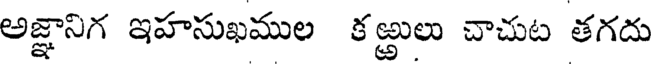
అజ్ఞానిగ ఇహసుఖముల కఱ్ఱులు చాచుట తగదు